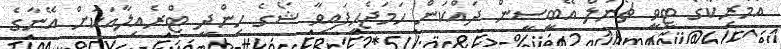
އެމެރިކާގެ ޓީވީ ޗެނަލް އޭބީސީން ދައްކަން ހަމަޖެހިފައިވާ ޝޯގެ ހިންދީ ޓްރެއިލާއަކަށް އޭނާގެ